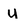
Character: U